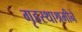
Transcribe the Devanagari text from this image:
गृहस्थाश्रमीने